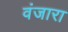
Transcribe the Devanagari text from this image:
वंजारा